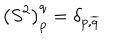
\left( S ^ { 2 } \right) _ { p } ^ { q } = \delta _ { p , \overline { { { q } } } }